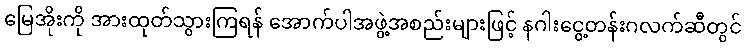
မြေအိုးကို အားထုတ်သွားကြရန် အောက်ပါအဖွဲ့အစည်းများဖြင့် နဂါးငွေ့တန်းဂလက်ဆီတွင်